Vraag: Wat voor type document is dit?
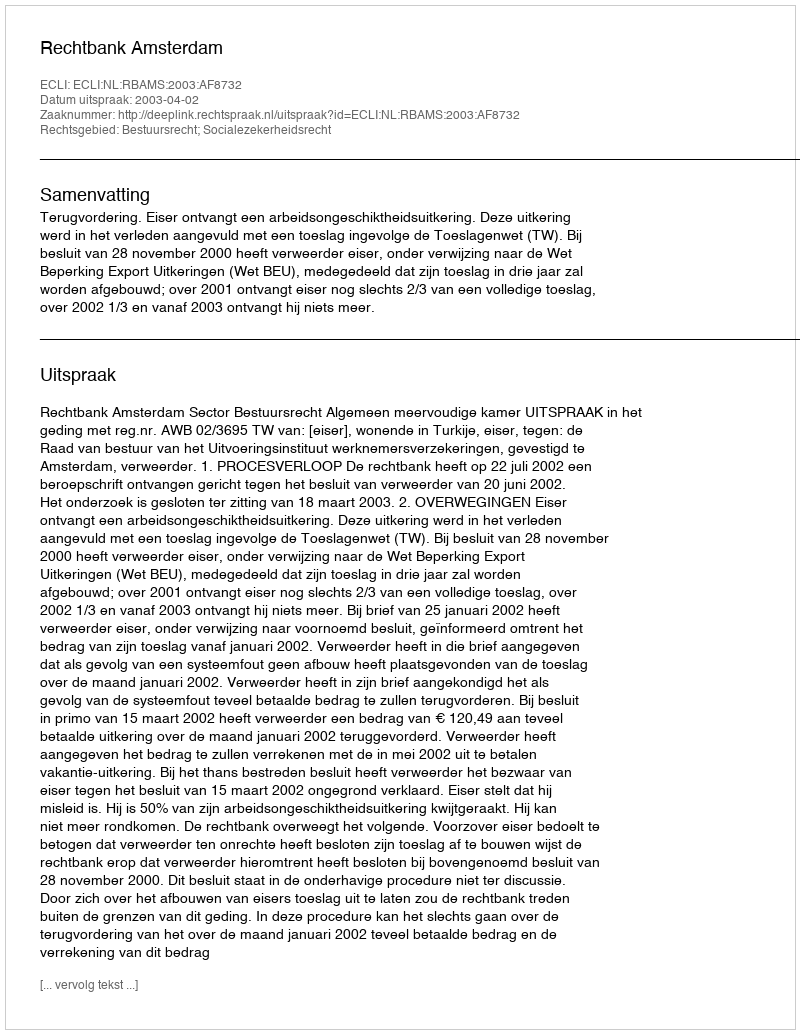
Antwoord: Uitspraak